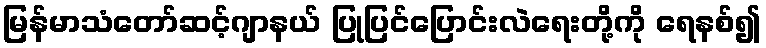
မြန်မာသံတော်ဆင့်ဂျာနယ် ပြုပြင်ပြောင်းလဲရေးတို့ကို ရေနစ်၍